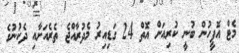
މެޓް އޮފީހުން ބުނީ ކުރިއަށް އޮތް 24 ގަޑިއިރު މެދުރާއްޖެ ތެރެއަށާއި ދެކުނުގެ